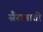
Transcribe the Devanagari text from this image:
सैरामाती